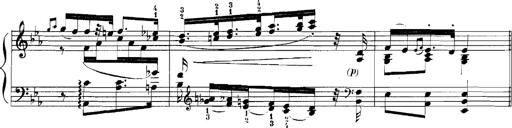
Title: Rhapsodies hongroises
Composer: Franz Liszt